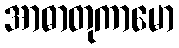
အာဓာတုကာမော